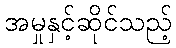
အမှုနှင့်ဆိုင်သည့်